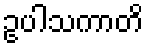
ဥပါသကာတိ